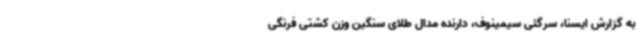
به گزارش ایسنا، سرگئی سیمینوف، دارنده مدال طلای سنگین وزن کشتی فرنگی